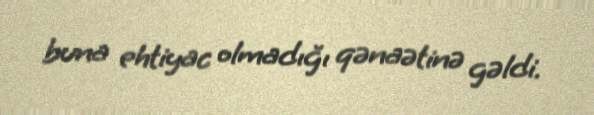
buna ehtiyac olmadığı qənaətinə gəldi.